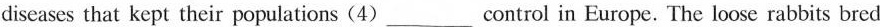
diseases that kept their populations (4)___control in Europe. The loose rabbits bred